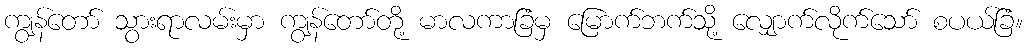
ကျွန်တော် သွားရာလမ်းမှာ ကျွန်တော်တို့ မာလကာခြံမှ မြောက်ဘက်သို့ လျှောက်လိုက်သော် စပယ်ခြံ။